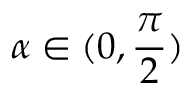
\alpha \in ( 0 , \frac { \pi } { 2 } )